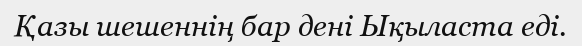
Қазы шешеннің бар дені Ықыласта еді.